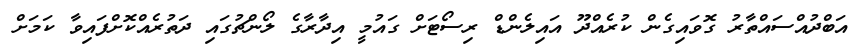
އަބްދުއްސައްތާރު ގޮވައިގެން ކުރެއްދޫ އައިލެންޑް ރިސޯޓަށް ގައުމީ އިދާރާގެ ލޯންޗުގައި ދަތުރެއްކޮށްފައިވާ ކަމަށް